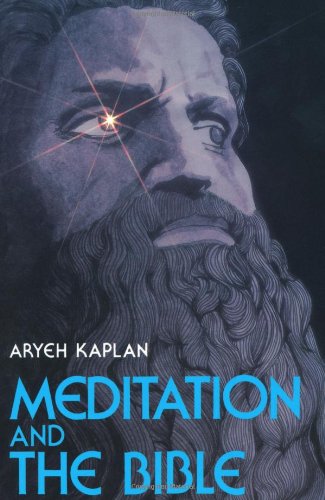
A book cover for Meditation and the Bible; Aryeh Kaplan; Religion & Spirituality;